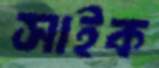
সাইক